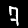
Label: 7